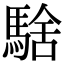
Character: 騇